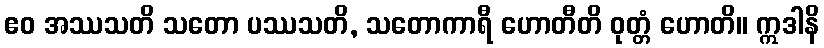
ဧဝ အဿသတိ သတော ပဿသတိ, သတောကာရီ ဟောတီတိ ဝုတ္တံ ဟောတိ။ ဣဒါနိ